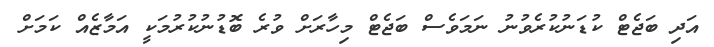
އަދި ބަޖެޓް ކުޑަނުކުރެވުނު ނަމަވެސް ބަޖެޓް މިހާރަށް ވުރެ ބޮޑުނުކުރުމަކީ އަމާޒެއް ކަމަށް